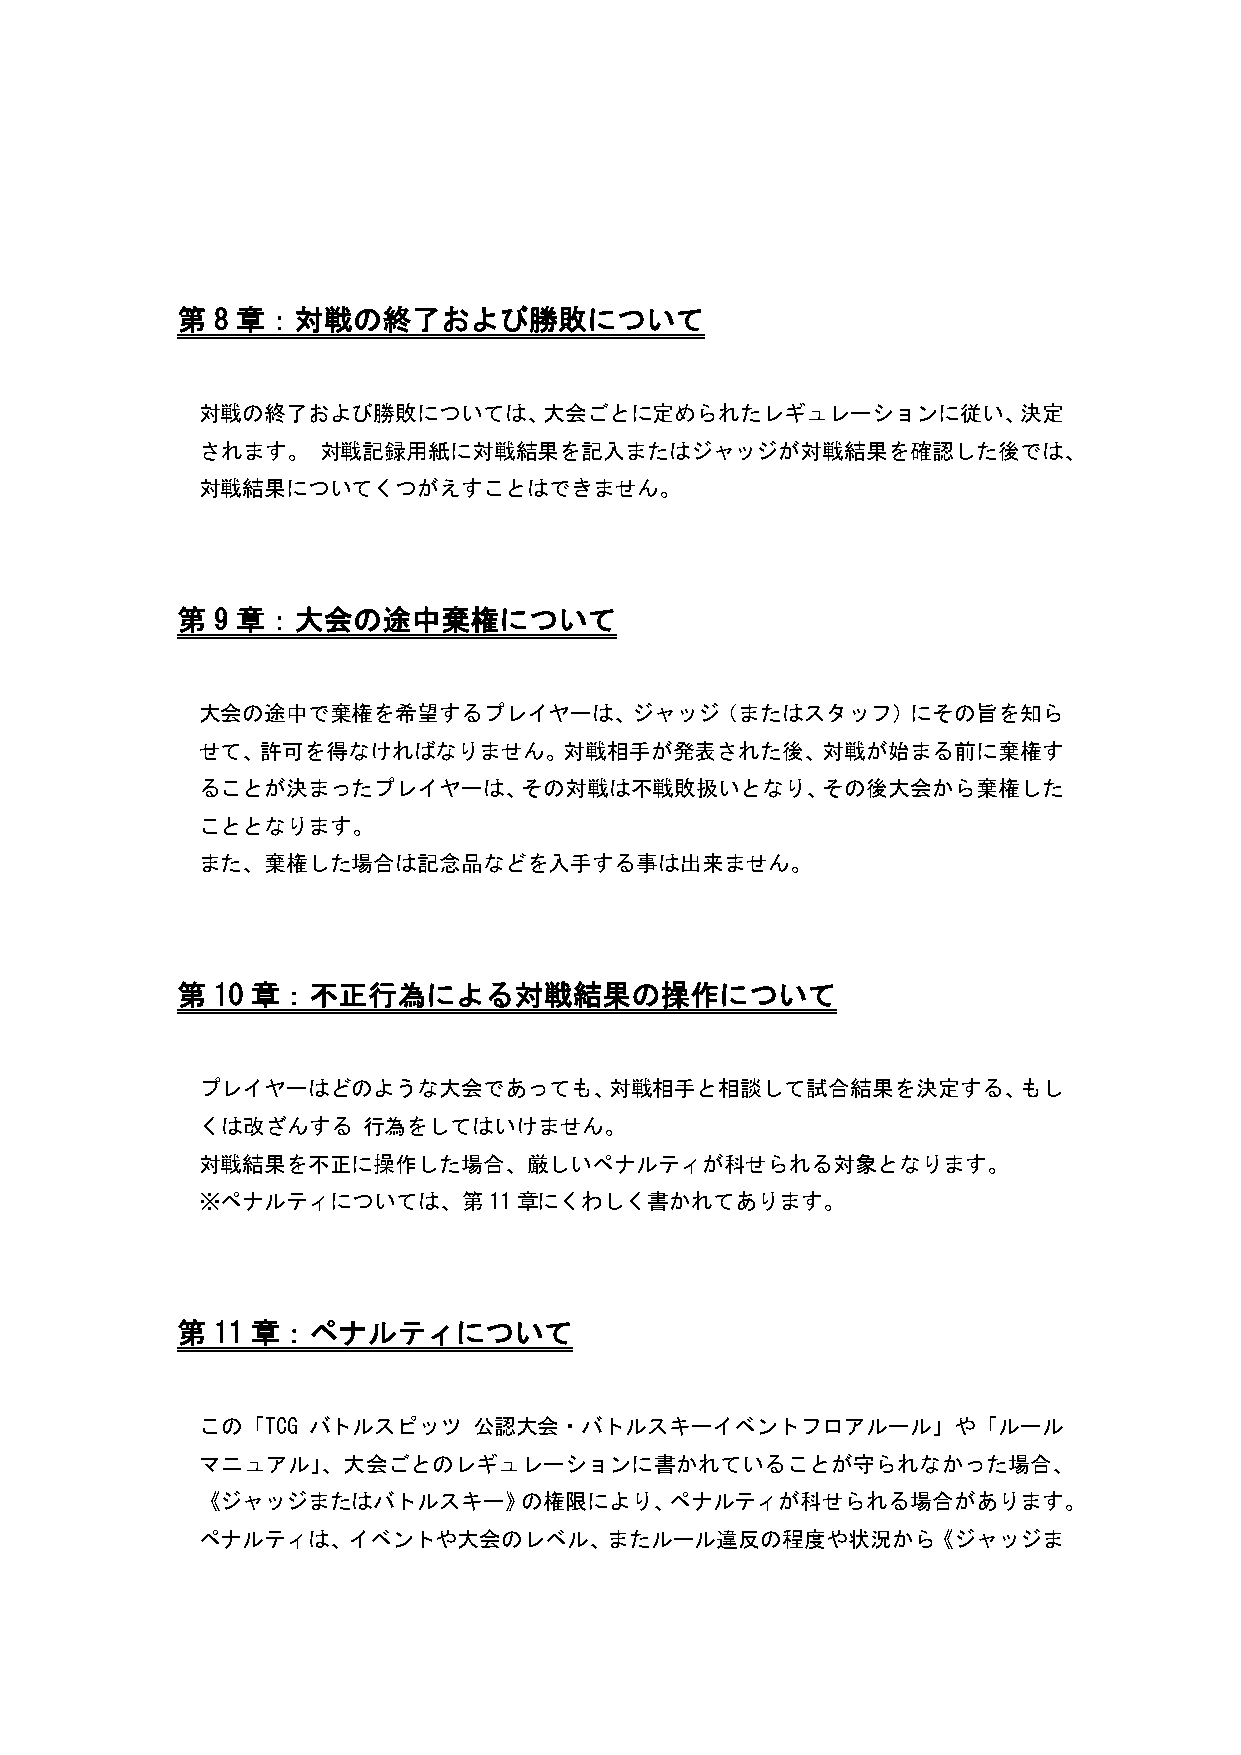
第 8 章：対戦の終了および勝敗について
 対戦の終了および勝敗については、大会ごとに定められたレギュレーションに従い、決定
 されます。   対戦記録用紙に対戦結果を記入またはジャッジが対戦結果を確認した後では、
 対戦結果についてくつがえすことはできません。
 第 9 章：大会の途中棄権について
 大会の途中で棄権を希望するプレイヤーは、ジャッジ（またはスタッフ）にその旨を知ら
 せて、許可を得なければなりません。対戦相手が発表された後、対戦が始まる前に棄権す
 ることが決まったプレイヤーは、その対戦は不戦敗扱いとなり、その後大会から棄権した
 こととなります。
 また、棄権した場合は記念品などを入手する事は出来ません。
 第 10 章：不正行為による対戦結果の操作について
 プレイヤーはどのような大会であっても、対戦相手と相談して試合結果を決定する、もし
 くは改ざんする    行為をしてはいけません。
 対戦結果を不正に操作した場合、厳しいペナルティが科せられる対象となります。
 ※ペナルティについては、第11章にくわしく書かれてあります。
 第 11 章：ペナルティについて
 この「TCG バトルスピッツ    公認大会・バトルスキーイベントフロアルール」や「ルール
 マニュアル」、大会ごとのレギュレーションに書かれていることが守られなかった場合、
 《ジャッジまたはバトルスキー》の権限により、ペナルティが科せられる場合があります。
 ペナルティは、イベントや大会のレベル、またルール違反の程度や状況から《ジャッジま